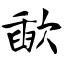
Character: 歃